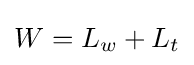
W=L_{w}+L_{t}